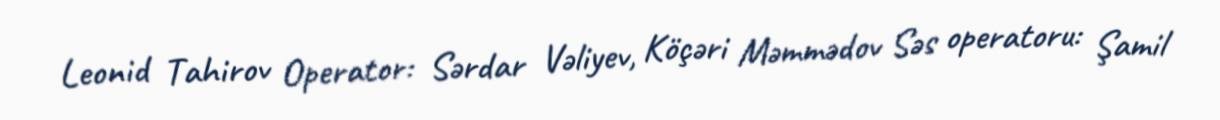
Leonid Tahirov Operator: Sərdar Vəliyev, Köçəri Məmmədov Səs operatoru: Şamil